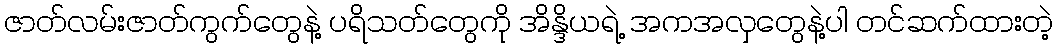
ဇာတ်လမ်းဇာတ်ကွက်တွေနဲ့ ပရိသတ်တွေကို အိန္ဒိယရဲ့ အကအလှတွေနဲ့ပါ တင်ဆက်ထားတဲ့